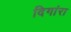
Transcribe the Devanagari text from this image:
दिगांरा